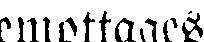
emottages